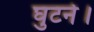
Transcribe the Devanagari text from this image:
घुटने।